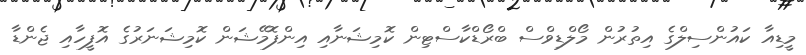
މީޑިއާ ކައުންސިލްގެ އިތުރުން މޯލްޑިވްސް ބްރޯޑްކާސްޓިން ކޮމިޝަނާއި އިންފޮމޭޝަން ކޮމިޝަނަރުގެ އޮފީހާއި ޖެންޑާ